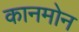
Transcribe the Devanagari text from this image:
कानमोन